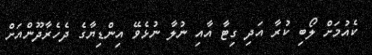
ކެއުމަށް ލޯބި ކުރާ އަދި ގިޓާ އާއި ނުލާ ނުޅެވޭ އިންޑިޔާގެ ދެހެރާދޫންއަށް